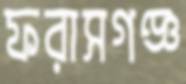
ফরাসগঞ্জ